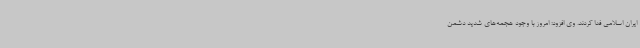
ایران اسلامی فدا کردند. وی افزود: امروز با وجود هجمه‌های شدید دشمن